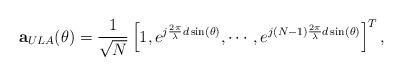
LaTeX: \begin{align*} \mathbf{a}_{ULA}(\theta) = \frac{1}{\sqrt{N}}\left[ 1, e^{j\frac{2\pi}{\lambda}d\sin(\theta)}, \cdots, e^{j(N-1)\frac{2\pi}{\lambda}d\sin(\theta)} \right]^T,\end{align*}